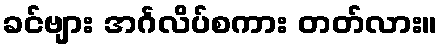
ခင်ဗျား အင်္ဂလိပ်စကား တတ်လား။